Tahkuranna_vallavalitsus, lk 40
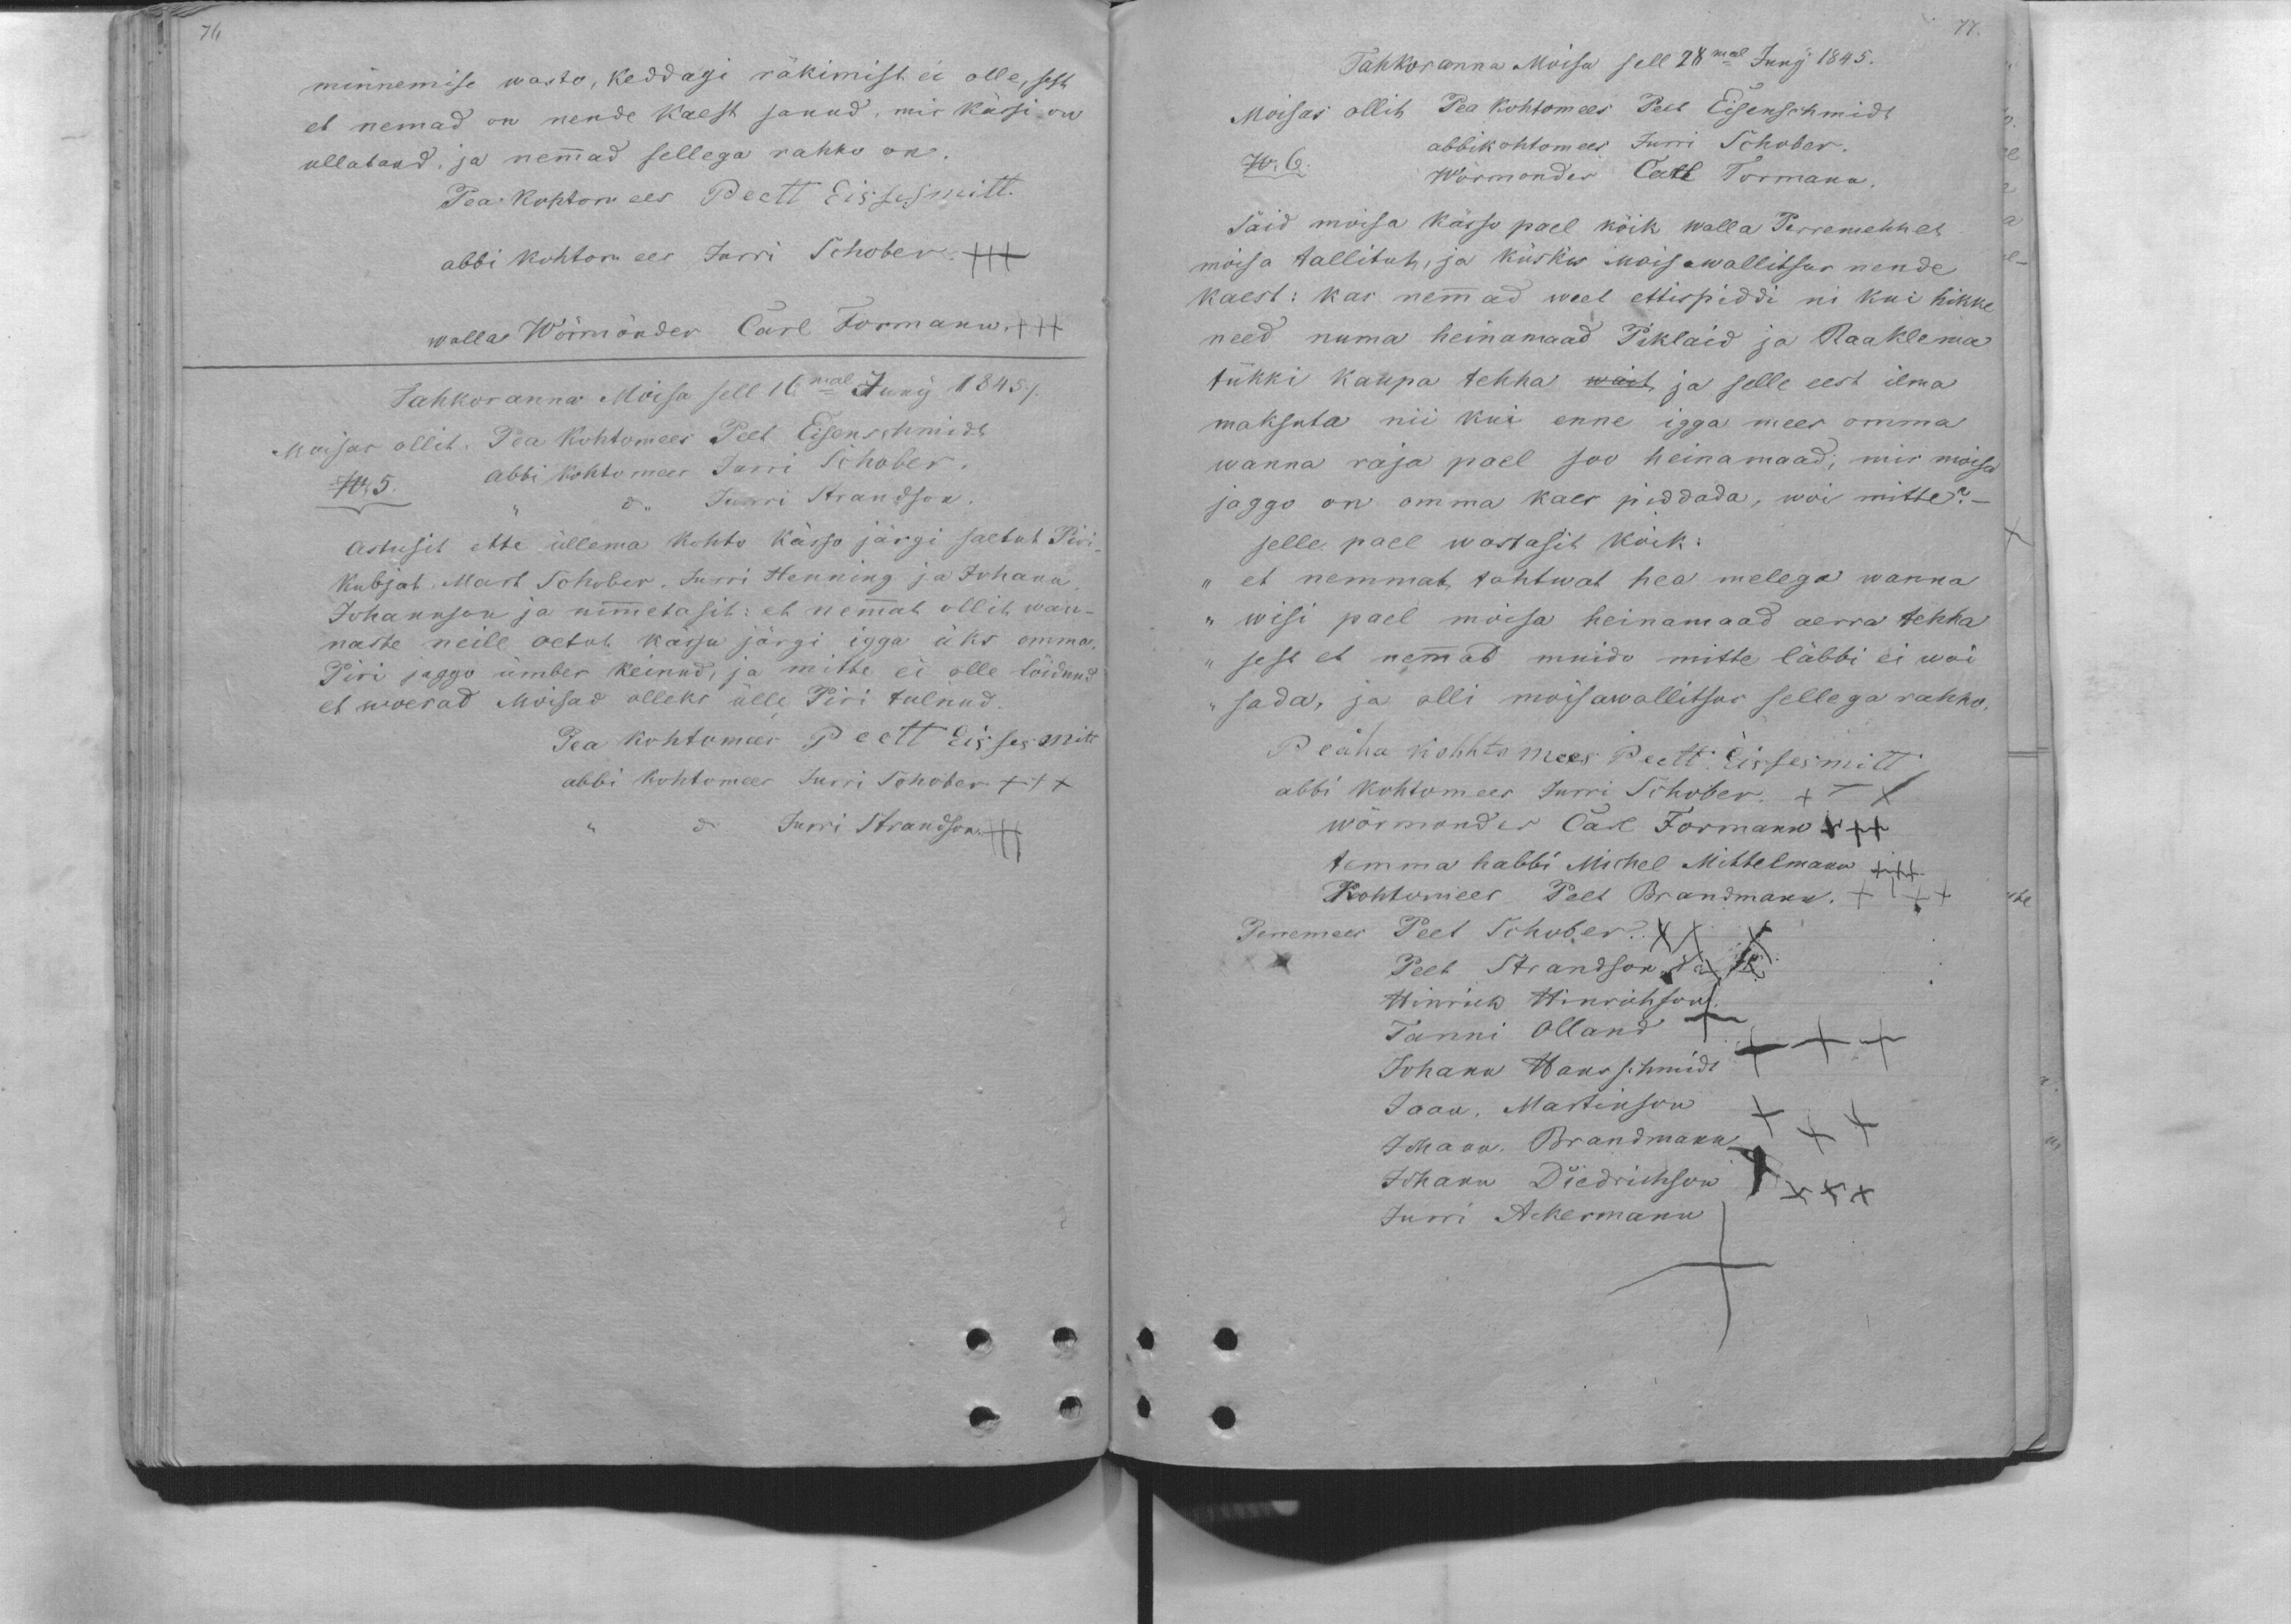
76

minnemise wasto, keddagi räkimist ei olle, sest
et nemad on nende kaest sanud, mis kässi on
ullatand, ja nemmad sellega rahho on.
Pea kohtomees Peett Eissesmitt.
abbi kohtomees Jurri Schober. +++
walla Wörmönder Carl Formann. +++
Tahkoranna Moisa sell 16mal Juny 1845 /
Moisas ollit. Pea kohtomees Peet Eisenschmidt
abbi kohtomees Jurri Schober.
" do Jurri Strandson
No 5.
Astusit ette üllema Kohto kässo järgi saetut Piri
Kubjat, Mart Schober, Jurri Henning ja Johann
Johannson ja nimmetasit: et nemmat ollit wan-
naste neile oetuh kässu järgi igga üks omma
Piri jaggo ümber keinud, ja mitte ei olle lõidnud
et woerad Moisad olleks ülle Piri tulnud.
Pea kohtomees Peett Eissesmitt
abbi kohtomees Jurri Schober XXX
Jurri Strandson. +++

77.
Tahkoranna Moisa sell 28mal Juny 1845.
Moisas ollit Pea kohtomees Peet Eisenschmidt
abbikohtomees Jurri Schober.
No. 6.
Wörmonder Carl Formann.
Said moisa kässo pael kõik walla Perremehhet
moisa tallitut, ja küskis Moisawallitsus nende
kaest: kas nemmad weel ettispiddi ni kui hikke
need numa heinamaad Piklaid ja Raaklema
tükki kaupa tehha wait, ja selle eest ilma
maksuta nii kui enne igga mees omma
wanna raja pael soo heinamaad; mis moisa
jaggo on omma kaes piddada, woi mitte? -
selle pael wastasit koik:
et nemmat tahtwat hea melega wanna
r wisi pael moisa heinamaad aerra tehha
sest et nemmad muido mitte läbbi ei woi
sada, ja olli moisawallitsus sellega rahho.
Peäha kohhtomees Peett Eissesmitt.
abbi kohtomees Jurri Schober. XXX
wörmonder Carl Formann +++
temma habbi Michel Mittelmann +++
Kohtomees Peet Brandmann. +I++
Perremees Peet Schober. XXX
Peet Strandson Xno2
Hinrich Hinrichson
Tanni Olland +
Johann Hansschmidt +++
Jaan, Martinson +++
Johann, Brandmann
Johann Diedrichson X XXX
Jurri Ackermann